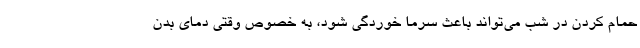
حمام کردن در شب می‌تواند باعث سرما خوردگی شود، به خصوص وقتی دمای بدن